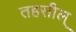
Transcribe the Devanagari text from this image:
तहसील्